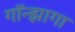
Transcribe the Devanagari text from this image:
गॉन्झागा